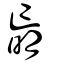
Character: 朚